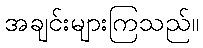
အချင်းများကြသည်။